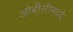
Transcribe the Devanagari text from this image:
ओबीसीमध्ये